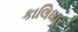
કાલિધાર